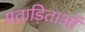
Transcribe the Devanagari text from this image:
प्रताड़िताओं